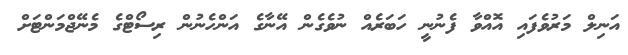
އަނިލް މަރުވެފައި އޮއްވާ ފެނުނީ ހަބަރެއް ނުވެގެން އޭނާގެ އަންހެނުން ރިސޯޓްގެ މެނޭޖްމަންޓަށް